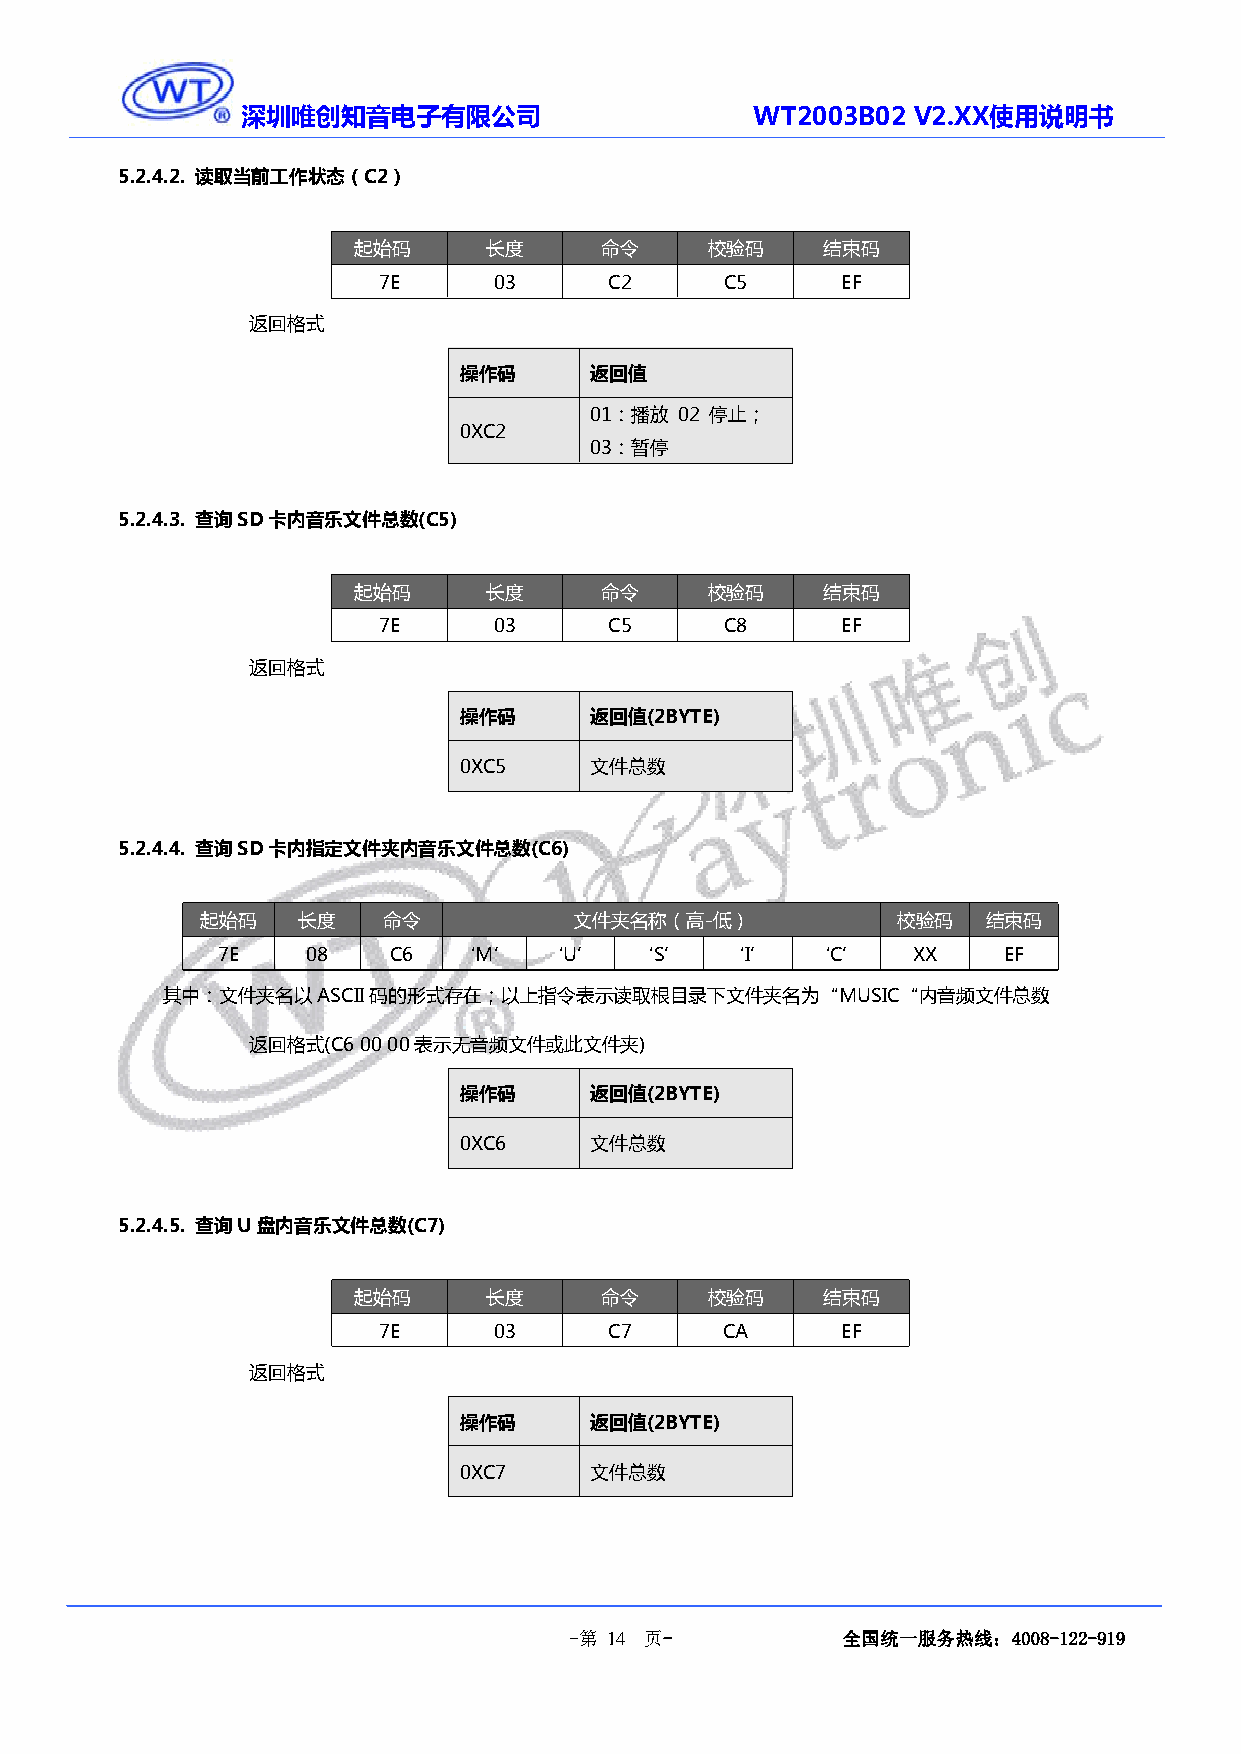
深圳唯创知音电子有限公司                      WT2003B02 V2.XX使用说明书
 5.2.4.2. 读取当前工作状态（C2）
 起始码      长度      命令     校验码    结束码
 7E      03     C2      C5      EF
 返回格式
 操作码      返回值
 01：播放 02 停止；
 0XC2
 03：暂停
 5.2.4.3. 查询SD卡内音乐文件总数(C5)
 起始码      长度      命令     校验码    结束码
 7E      03     C5      C8      EF
 返回格式
 操作码      返回值(2BYTE)
 0XC5     文件总数
 5.2.4.4. 查询SD卡内指定文件夹内音乐文件总数(C6)
 起始码    长度   命令           文件夹名称（高-低）           校验码   结束码
 7E    08    C6  ‘M’   ‘U’   ‘S’   ‘I’   ‘C’   XX    EF
 其中：文件夹名以ASCII码的形式存在；以上指令表示读取根目录下文件夹名为“MUSIC“内音频文件总数
 返回格式(C60000表示无音频文件或此文件夹)
 操作码      返回值(2BYTE)
 0XC6     文件总数
 5.2.4.5. 查询U盘内音乐文件总数(C7)
 起始码      长度      命令     校验码    结束码
 7E      03     C7      CA      EF
 返回格式
 操作码      返回值(2BYTE)
 0XC7     文件总数
 -第 14 页-          全国统一服务热线：4008-122-919